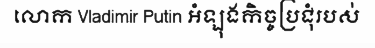
លោក Vladimir Putin អំឡុងកិច្ចប្រជុំរបស់